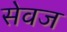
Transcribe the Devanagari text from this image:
सेवज